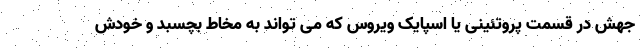
جهش در قسمت پروتئینی یا اسپایک ویروس که می تواند به مخاط بچسبد و خودش